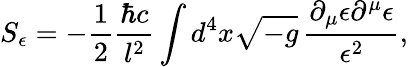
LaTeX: S_{\epsilon}=-{\frac{1}{2}}{\frac{\hbar c}{l^{2}}}\int d^{4}x\sqrt{-g}\, {\frac{\partial_{\mu}\epsilon\partial^{\mu}\epsilon}{\epsilon^{2}}},